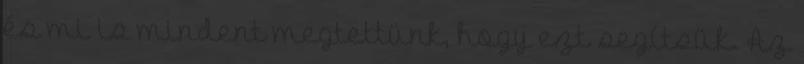
és mi is mindent megtettünk, hogy ezt segítsük. Az